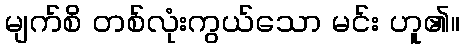
မျက်စိ တစ်လုံးကွယ်သော မင်း ဟူ၏။